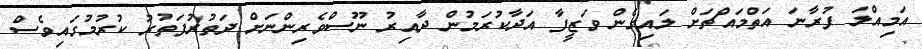
އަމިއްލަ ފުރާނަ އަތްމައްޗަށް ލައިގެން ވަޒީފާ އަދާކުރަމުން ދާއިރު ނޫސްވެރިންނަށް ދަތުރުފަތުރު ކުރުމުގައިވެސް